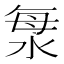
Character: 𣴴